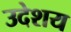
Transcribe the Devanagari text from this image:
उदेशय